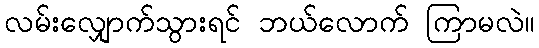
လမ်းလျှောက်သွားရင် ဘယ်လောက် ကြာမလဲ။